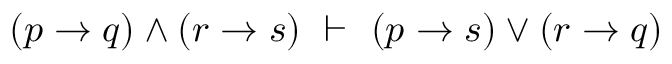
( p \to q ) \land ( r \to s ) \ \vdash \ ( p \to s ) \lor ( r \to q )